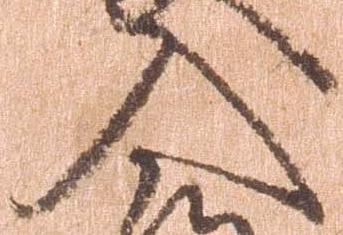
入